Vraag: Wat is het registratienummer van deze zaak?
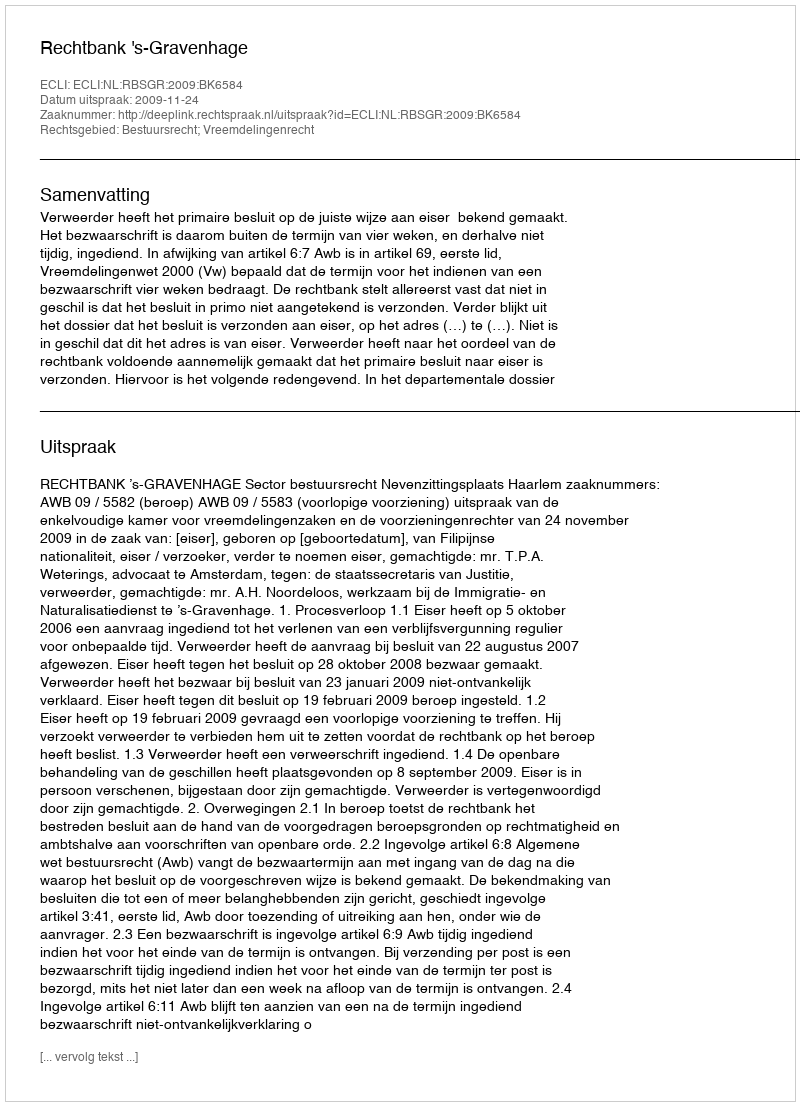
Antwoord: http://deeplink.rechtspraak.nl/uitspraak?id=ECLI:NL:RBSGR:2009:BK6584